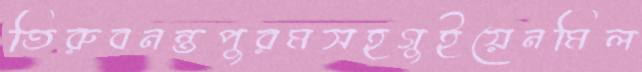
তিরুবনন্তপুরমসহগুইয়েনমিল